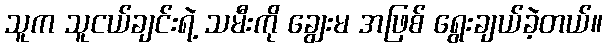
သူက သူငယ်ချင်းရဲ့ သမီးကို ချွေးမ အဖြစ် ရွေးချယ်ခဲ့တယ်။